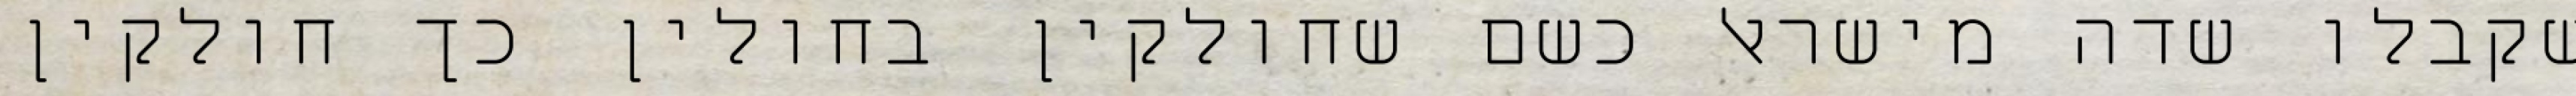
שקבלו שדה מישראל כשם שחולקין בחולין כך חולקין